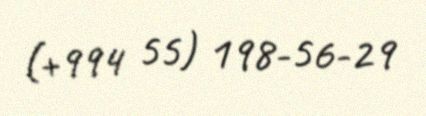
(+994 55) 198-56-29